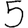
Digit: 5